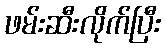
ဖမ်းဆီးလိုက်ပြီး